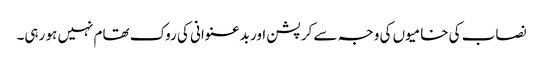
نصاب کی خامیوں کی وجہ سے کرپشن اور بدعنوانی کی روک تھام نہیں ہو رہی۔